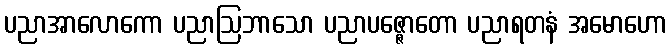
ပညာအာလောကော ပညာဩဘာသော ပညာပဇ္ဇောတော ပညာရတနံ အမောဟော